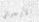
الأرجواني